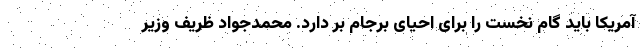
آمریکا باید گام نخست را برای احیای برجام بر دارد. محمدجواد ظریف وزیر